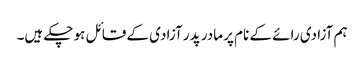
ہم آزادی رائے کے نام پر مادر پدر آزادی کے قائل ہو چکے ہیں۔